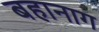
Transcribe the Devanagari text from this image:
बहानाग